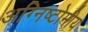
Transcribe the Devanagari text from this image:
अग्निष्टोमीय